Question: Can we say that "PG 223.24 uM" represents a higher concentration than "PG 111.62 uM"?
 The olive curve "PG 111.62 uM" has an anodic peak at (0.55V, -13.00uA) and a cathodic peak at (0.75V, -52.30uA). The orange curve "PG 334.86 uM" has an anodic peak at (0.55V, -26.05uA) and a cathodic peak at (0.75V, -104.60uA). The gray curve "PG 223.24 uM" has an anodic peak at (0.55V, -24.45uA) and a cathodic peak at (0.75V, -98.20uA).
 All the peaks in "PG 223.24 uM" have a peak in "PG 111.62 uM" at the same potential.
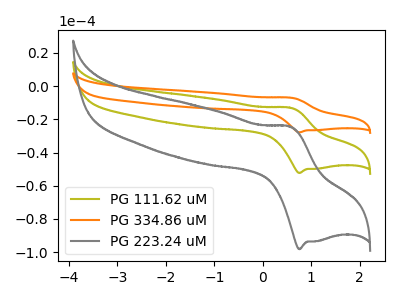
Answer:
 <answer>I cant tell if "PG 223.24 uM" or "PG 111.62 uM" has higher concentration.</answer>
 <eval>mixed_concentration</eval>